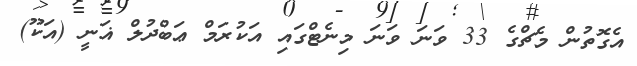
އެގޮތުން މެޗްގެ 33 ވަނަ ވަނަ މިނެޓްގައި އަކުރަމް ޢަބްދުލް ޣަނީ (އަކޫ)